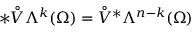
\ast \mathring { V } \Lambda ^ { k } ( \Omega ) = \mathring { V } ^ { \ast } \Lambda ^ { n - k } ( \Omega )